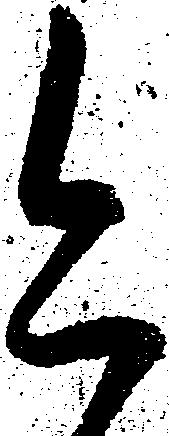
今